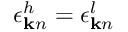
\epsilon _ { { \bf k } n } ^ { h } = \epsilon _ { { \bf k } n } ^ { l }